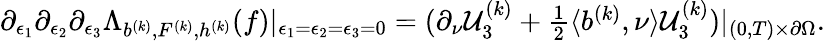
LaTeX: \begin{array}{r}{\partial_{\epsilon_{1}}\partial_{\epsilon_{2}}\partial_{\epsilon_{3}}\Lambda_{b^{(k)},F^{(k)},h^{(k)}}(f)|_{\epsilon_{1}=\epsilon_{2}=\epsilon_{3}=0}=(\partial_{\nu}\mathcal{U}_{3}^{(k)}+\frac{1}{2}\langle b^{(k)},\nu\rangle\mathcal{U}_{3}^{(k)})|_{(0,T)\times\partial\Omega}.}\end{array}